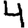
Digit: 4